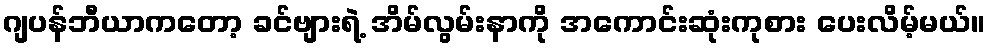
ဂျပန်ဘီယာကတော့ ခင်ဗျားရဲ့ အိမ်လွမ်းနာကို အကောင်းဆုံးကုစား ပေးလိမ့်မယ်။